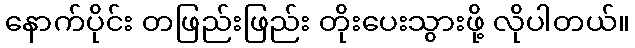
နောက်ပိုင်း တဖြည်းဖြည်း တိုးပေးသွားဖို့ လိုပါတယ်။